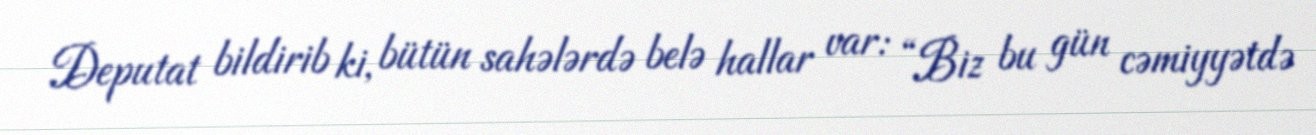
Deputat bildirib ki, bütün sahələrdə belə hallar var: “Biz bu gün cəmiyyətdə